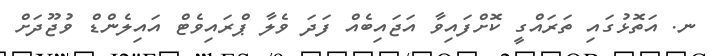
ނ. އަތޮޅުގައި ތަރައްގީ ކޮށްފައިވާ އަޖައިބެއް ފަދަ ވެލާ ޕްރައިވެޓް އައިލެންޑް ވުޖޫދަށް